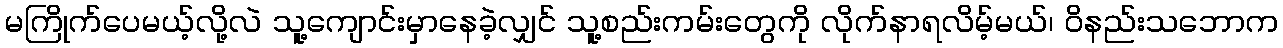
မကြိုက်ပေမယ့်လို့လဲ သူ့ကျောင်းမှာနေခဲ့လျှင် သူ့စည်းကမ်းတွေကို လိုက်နာရလိမ့်မယ်၊ ဝိနည်းသဘောက